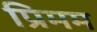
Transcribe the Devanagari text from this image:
प्रिमम